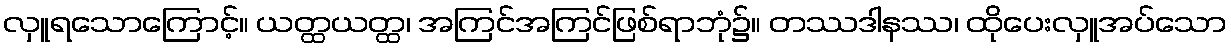
လှူရသောကြောင့်။ ယတ္ထယတ္ထ၊ အကြင်အကြင်ဖြစ်ရာဘုံ၌။ တဿဒါနဿ၊ ထိုပေးလှူအပ်သော